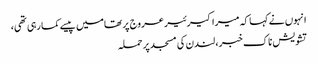
انہوں نے کہا کہ میرا کیرئیر عروج پر تھامیں پیسے کما رہی تھی،
تشویش ناک خبر، لندن کی مسجد پر حملہ